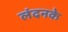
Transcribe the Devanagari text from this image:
लंदनके